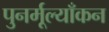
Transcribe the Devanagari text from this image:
पुनर्मूल्याँकन